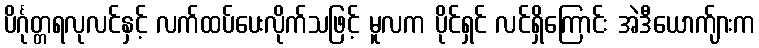
ပိင်္ဂုတ္တရလုလင်နှင့် လက်ထပ်ပေးလိုက်သဖြင့် မူလက ပိုင်ရှင် လင်ရှိကြောင်း အဲဒီယောက်ျားက